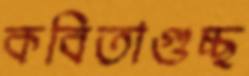
কবিতাগুচ্ছ